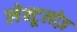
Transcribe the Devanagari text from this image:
लेक्टूलोज़